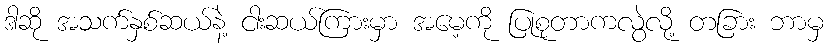
ဒါဆို အသက်နှစ်ဆယ်နဲ့ ငါးဆယ်ကြားမှာ အမေ့ကို ပြုစုတာကလွဲလို့ တခြား ဘာမှ